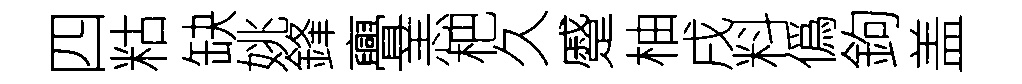
四䊀缺姚鋒亹恙杷久蹙柚戌料僞鉤盖